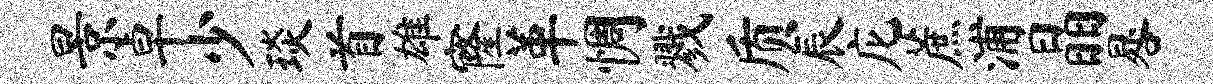
景卓少琰首雄窿革惆戮质辰庀蔗浦晶晷